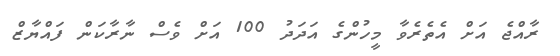
ރާއްޖެ އަށް އެތެރެވާ މީހުންގެ އަދަދު 100 އަށް ވެސް ނާރާކަން ފައްޔާޒް